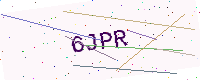
Text: 6JPR